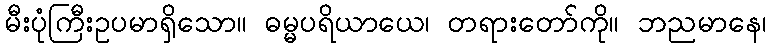
မီးပုံကြီးဥပမာရှိသော။ ဓမ္မပရိယာယေ၊ တရားတော်ကို။ ဘညမာနေ၊